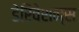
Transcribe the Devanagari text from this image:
डेरिवेशन्स